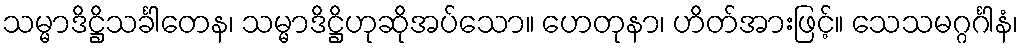
သမ္မာဒိဋ္ဌိသင်္ခါတေန၊ သမ္မာဒိဋ္ဌိဟုဆိုအပ်သော။ ဟေတုနာ၊ ဟိတ်အားဖြင့်။ သေသမဂ္ဂင်္ဂါနံ၊